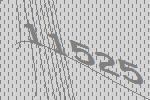
11525